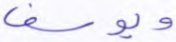
ويوسف